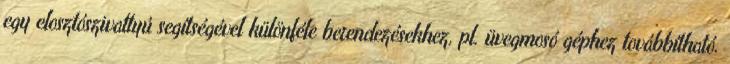
egy elosztószivattyú segítségével különféle berendezésekhez, pl. üvegmosó géphez továbbítható.